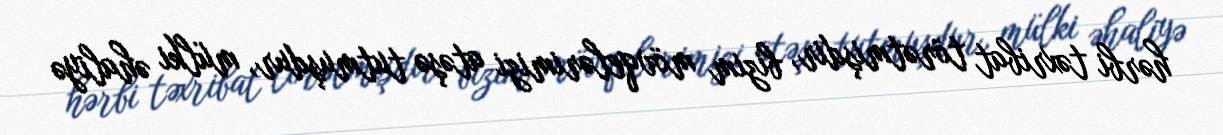
hərbi təxribat törətmişdir, bizim mövqelərimizi atəşə tutmuşdur, mülki əhaliyə